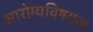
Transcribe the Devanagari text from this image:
अारोग्यविषयक